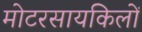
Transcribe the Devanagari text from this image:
मोटरसायकिलों